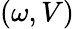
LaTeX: (\omega,V)